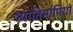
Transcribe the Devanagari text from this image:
ज्योतिर्मापियों